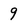
Character: 9